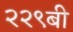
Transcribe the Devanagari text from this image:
२२९बी